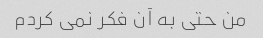
من حتی به آن فکر نمی کردم